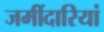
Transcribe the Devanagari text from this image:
जमींदारियां